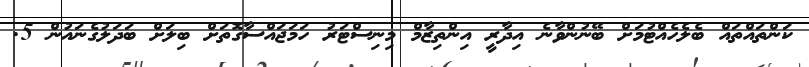
ކަންތައްތައް ބެލެހެއްޓުމަށް ބޭނުންވާނެ އިދާރީ އިންތިޒާމް މިނިސްޓަރު ހަމަޖައްސާގޮތަށް ބިލަށް ބަދަލުގެނައުން 5.